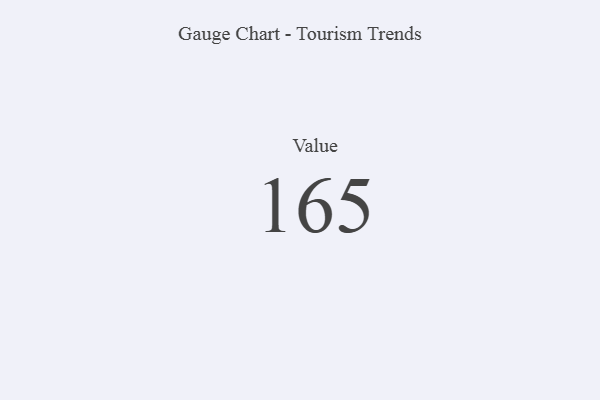
{"axis": {"x": "Metric", "y": "Value"}, "legend": [""], "data": [{"x": "Value", "y": 165, "type": ""}]}